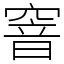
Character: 窨